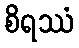
စိရဿံ